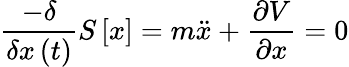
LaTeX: \frac{-\delta}{\delta x\left(t\right)}S\left[x\right]=m\ddot{x}+\frac{\partial V}{\partial x}=0